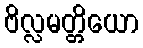
ဗိလ္လမတ္တိယော